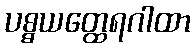
ပစ္စယတ္ထေရဂါထာ